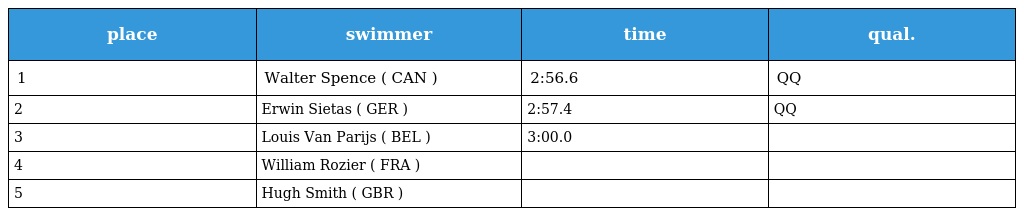
| place | swimmer | time | qual. |
 | --- | --- | --- | --- |
 | 1 | Walter Spence ( CAN ) | 2:56.6 | QQ |
 | 2 | Erwin Sietas ( GER ) | 2:57.4 | QQ |
 | 3 | Louis Van Parijs ( BEL ) | 3:00.0 |  |
 | 4 | William Rozier ( FRA ) |  |  |
 | 5 | Hugh Smith ( GBR ) |  |  |